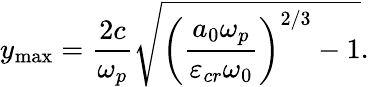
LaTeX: y_{\mathrm{{max}}}=\frac{2c}{\omega_{p}}\sqrt{\left(\frac{a_{0}\omega_{p}}{\varepsilon_{cr}\omega_{0}}\right)^{2/3}-1}.